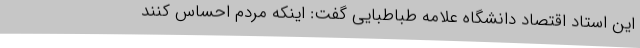
این استاد اقتصاد دانشگاه علامه طباطبایی گفت: اینکه مردم احساس کنند